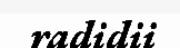
radidii